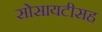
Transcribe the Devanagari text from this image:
सोसायटीसह